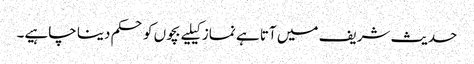
حدیث شریف میں آتا ہے نماز کیلیے بچوں کو حکم دینا چاہیے۔